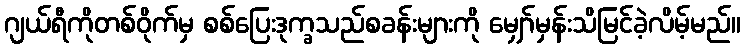
ဂျယ်ရီကိုတစ်ဝိုက်မှ စစ်ပြေးဒုက္ခသည်စခန်းများကို မျှော်မှန်းသိမြင်ခဲ့လိမ့်မည်။